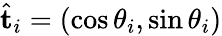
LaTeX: \hat{\mathbf{t}}_{i}=(\cos\theta_{i},\sin\theta_{i})